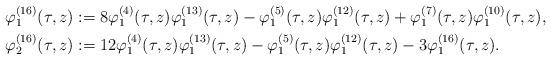
LaTeX: \begin{align*}\varphi^{(16)}_1(\tau,z)&:=8\varphi_1^{(4)}(\tau,z)\varphi_1^{(13)}(\tau,z)-\varphi_1^{(5)}(\tau,z)\varphi_1^{(12)}(\tau,z)+\varphi_1^{(7)}(\tau,z)\varphi_1^{(10)}(\tau,z),\\\varphi^{(16)}_2(\tau,z)&:=12\varphi_1^{(4)}(\tau,z)\varphi_1^{(13)}(\tau,z)-\varphi_1^{(5)}(\tau,z)\varphi_1^{(12)}(\tau,z)-3\varphi_1^{(16)}(\tau,z).\end{align*}